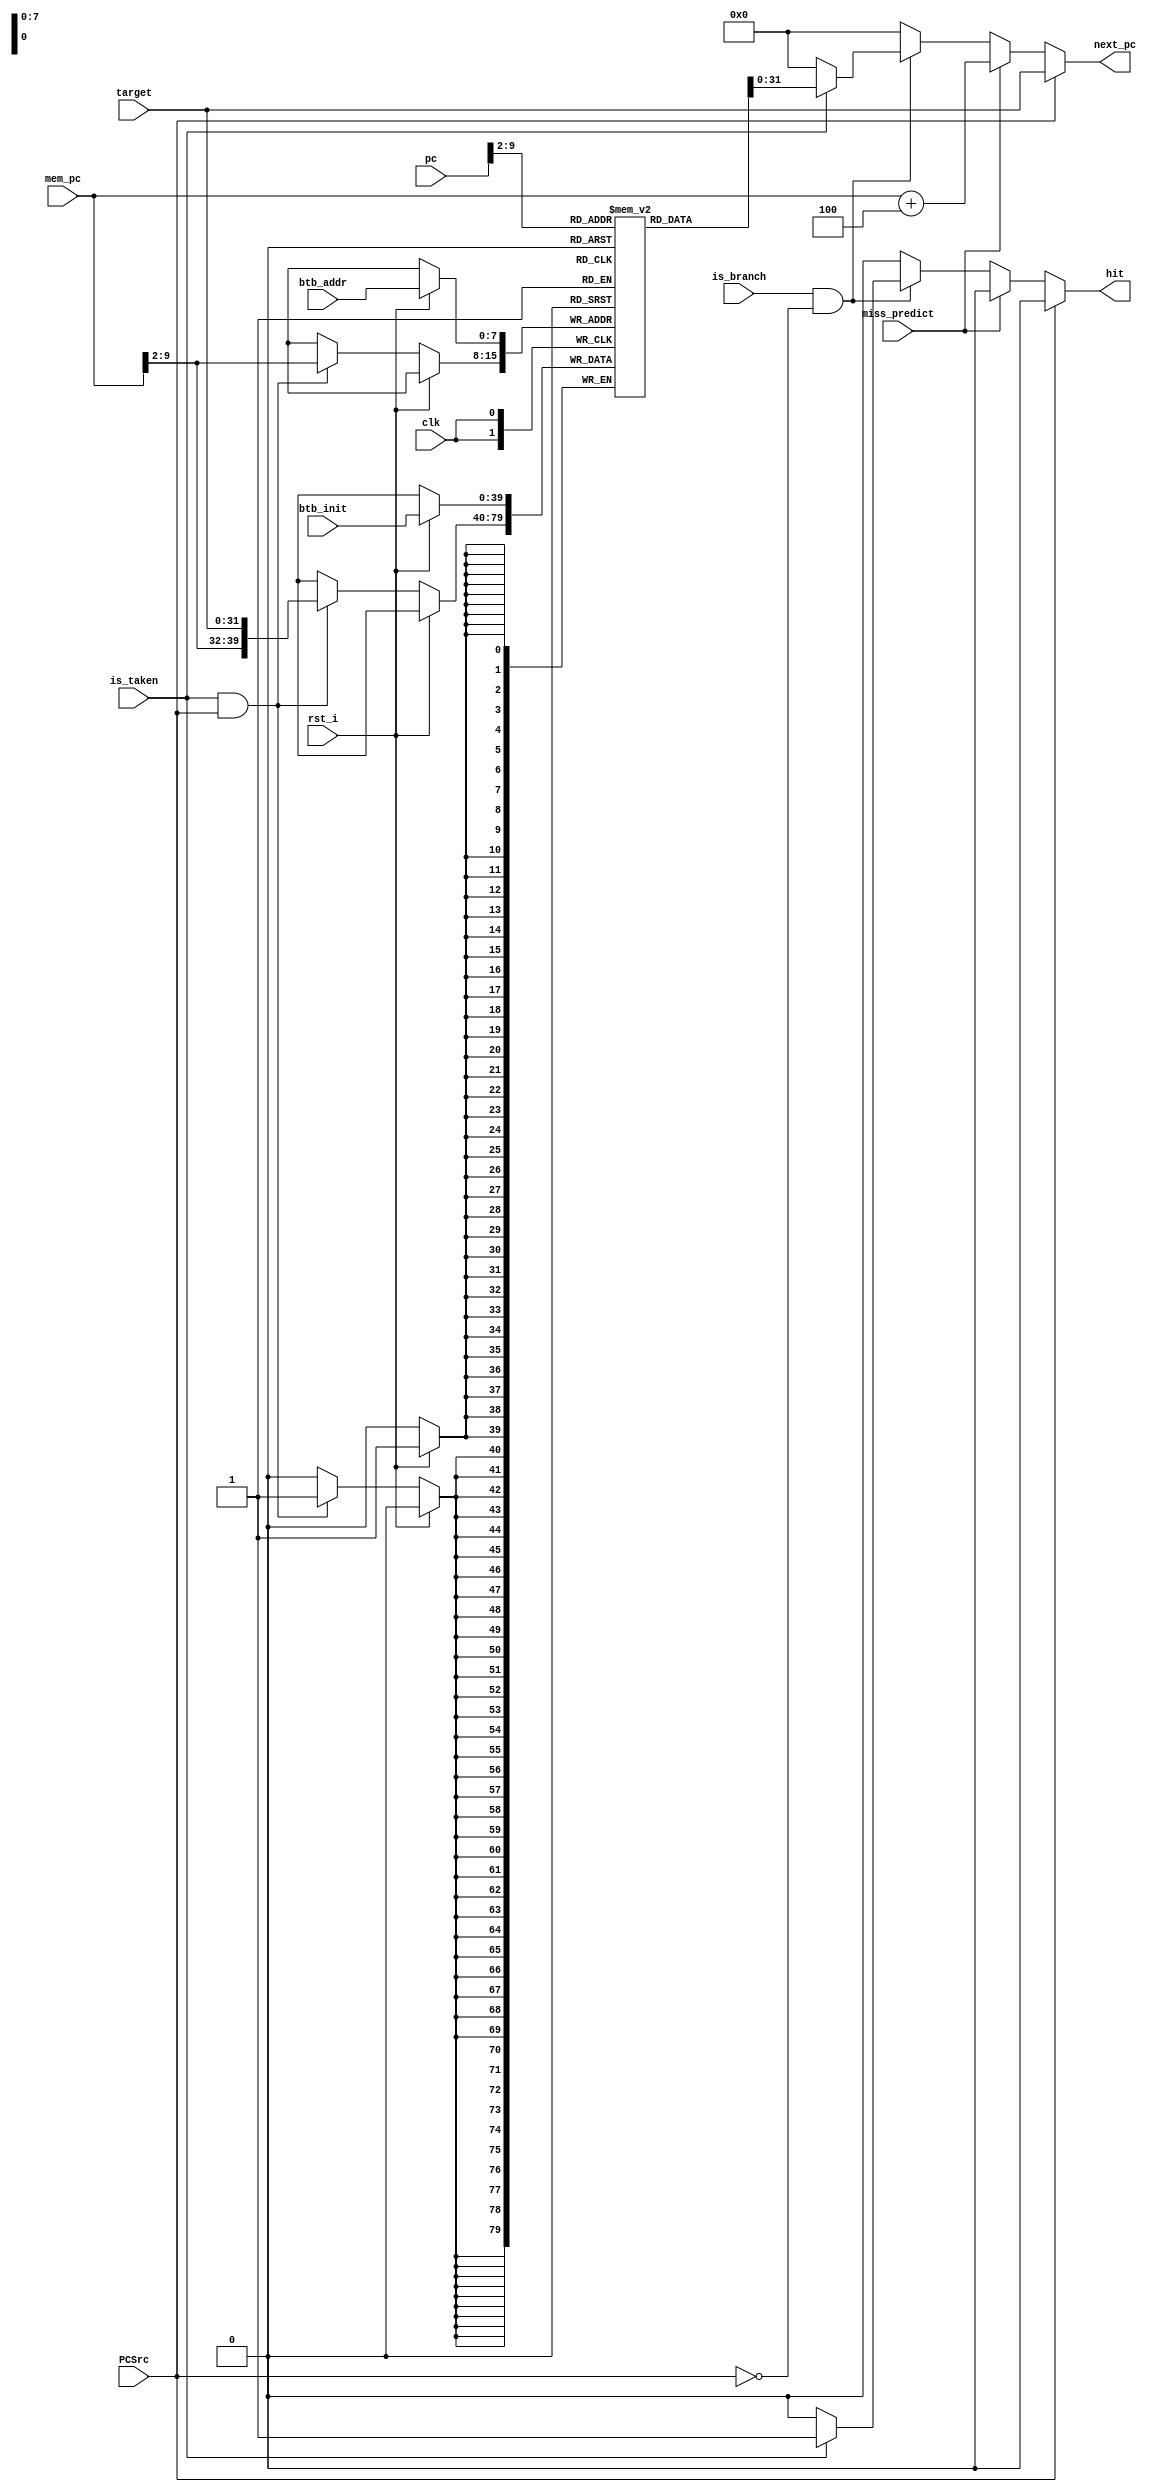
module BTB 
#(
  parameter NUM_ENTRIES = 256  ,  // BTB 엔트리 수
  parameter ENTRY_WIDTH = 40      // BTB 엔트리 너비 (주소와 상태 비트) 
)
(
  input           clk         ,
  input           rst_i       ,
  input   [7:0]   btb_addr    ,
  input   [39:0]  btb_init    ,

  input           is_branch   ,   // branch 명령어인지?
  input   [31:0]  pc          ,   // 현재 명령어 주소
  input   [31:0]  mem_pc      ,   // mem stage의 pc값 
  input   [31:0]  target      ,   // 분기 목적지 주소
  input           is_taken    ,   // 앞에서 결정하기를, 점프를 해야 한다. 그럼 테이블에 있는지 찾아보자.
  input           PCSrc       ,
  input           miss_predict,
  
  output          hit         ,
  output  [31:0]  next_pc         // 다음 명령어 주소
);

  /***************************************************************/
  wire [39:0] tmp;
  generate
    genvar 		 idx;
    for(idx = 0; idx < 256; idx = idx+1) begin: btb_target
	    assign tmp = btb[idx];
    end
  endgenerate

  /***************************************************************/
  reg [ENTRY_WIDTH-1:0] btb [NUM_ENTRIES-1:0];
  reg   [31:0]  next_pc_r;
  reg           hit_r;
  

  /* write */
  always @ (posedge clk)
  begin
    if (rst_i) begin
      btb[btb_addr] <= btb_init;
    end
    else 
    if (is_taken && PCSrc) begin                
      btb[mem_pc[9:2]] <= {mem_pc[9:2], target};
    end
  end

  /* read */
  always @ (*) begin        
    hit_r = 1'b0;                                   // To prevent latch
    next_pc_r = 32'b0;  
    if (PCSrc) begin                                // branch 명령어를 fetch하고 3clk 기다려서 PCSrc가 1이 나왔다면 next_pc를 target 주소로 지정
      next_pc_r = target;                           
    end
    else
    if(miss_predict) begin                          // predict에 실패했을 때 기존 branch 명령어 pc값 (mem_pc)의 다음 주소 (+4)로 가도록 해줌
      next_pc_r = mem_pc + 32'd4;
    end
    else if(is_branch && !PCSrc) begin              // BTB에 들어온 PC의 명령어가 bracnh 일 때 & PCSrc가 1일 떄(3clk이 안지났을 때, 들어오자마자 pc를 받고 처리하기 위함)
      if (is_taken) begin                           // BHT에서의 기록이 jump였다면
        next_pc_r = btb[pc[9:2]][31:0];             // next pc를 BTB에 저장된 target 주소로 설정
        hit_r = 1'b1;                               // Hit flag set
      end
    end
     else begin
      next_pc_r = 32'b0;
    end 
  end
  
  assign hit = hit_r;
  assign next_pc = next_pc_r;

endmodule